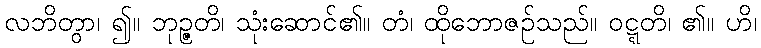
လဘိတွာ၊ ၍။ ဘုဉ္ဇတိ၊ သုံးဆောင်၏။ တံ၊ ထိုဘောဇဉ်သည်။ ဝဋ္ဋတိ၊ ၏။ ဟိ၊